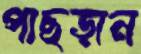
পাছড়ান